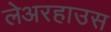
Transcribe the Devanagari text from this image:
लेअरहाउस